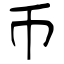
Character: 币